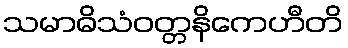
သမာဓိသံဝတ္တနိကေဟီတိ